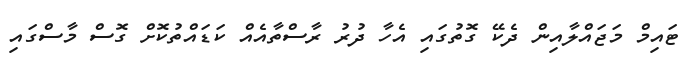
ޓައިމް މަޖައްލާއިން ދެކޭ ގޮތުގައި އެހާ ދުރު ރާސްތާއެއް ކަޑައްތުކޮށް ގޮސް މާސްގައި